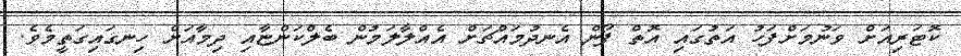
ކޮޓަރިއަށް ވަނުމަށްފަހު އަތުގައި އޮތް ފޯން އެނދުމައްޗަށް އެއްލާލަމުން ބެލްކަންޏާއި ދިމާއަށް ހިނގައިގަތީމެވެ.